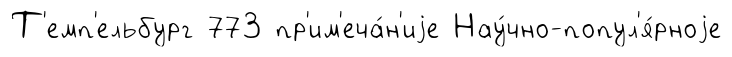
Т'емп'ельбург 773 пр'им'еча́н'иjе Нау́чно-попул'я́рноjе